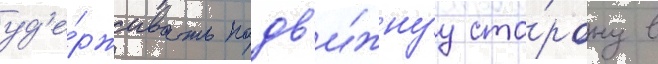
уд'е́рживать подв'и́жнуу сто́рону в